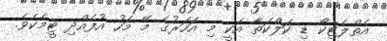
އެތްލެޓިކޯ ޑި ކަލްކަތާ އަކީ މި އަހަރުގެ މޭ މަހު އުފެއްދި ޓީމެކެވެ.